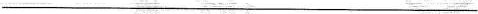
___